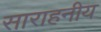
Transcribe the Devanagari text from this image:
साराहनीय